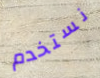
نستخدم